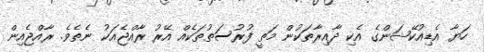
ހަޔާ އެޑިއުކޭޝަންގެ އެކި ދާއިރާތަކުން މަތީ ފުރުސަތުތަކެއް އޭރު ރާއްޖެއަކު ނެތެވެ. ރާއްޖެއިން